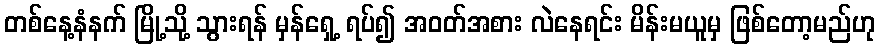
တစ်နေ့နံနက် မြို့သို့ သွားရန် မှန်ရှေ့ ရပ်၍ အဝတ်အစား လဲနေရင်း မိန်းမယူမှ ဖြစ်တော့မည်ဟု